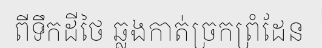
ពីទឹកដីថៃ ឆ្លងកាត់ច្រកព្រំដែន